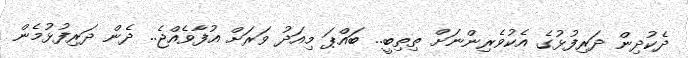
ދެކުދިން ދަރިފުޅުގެ އެކުވެރިންނަށް ތިތިބީ.. ބައްޕަ މިއަދު ވަރަށް އުފާވެއްޖެ.. ދެން ދަރިފުޅުމެން